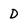
Character: D